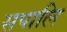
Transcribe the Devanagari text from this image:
सपालि